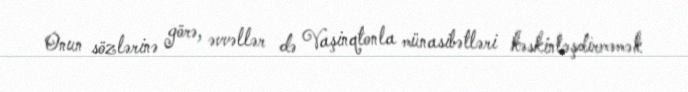
Onun sözlərinə görə, əvvəllər də Vaşinqtonla münasibətləri kəskinləşdirməmək